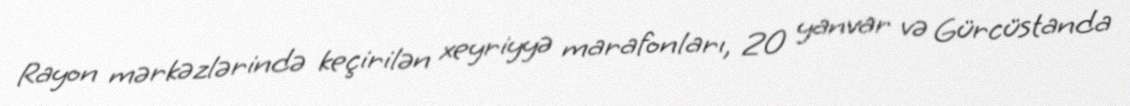
Rayon mərkəzlərində keçirilən xeyriyyə marafonları, 20 yanvar və Gürcüstanda